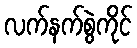
လက်နက်စွဲကိုင်